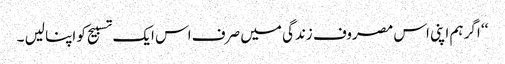
‘‘ اگر ہم اپنی اس مصروف زندگی میں صرف اس ایک تسبیح کو اپنا لیں ۔